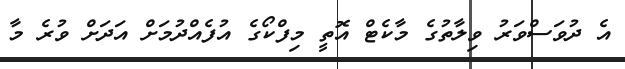
އެ ދުވަސްވަރު ވިލާތުގެ މާކެޓް އޮތީ މިފްކޯގެ އުފެއްދުމަށް އަދަށް ވުރެ މާ